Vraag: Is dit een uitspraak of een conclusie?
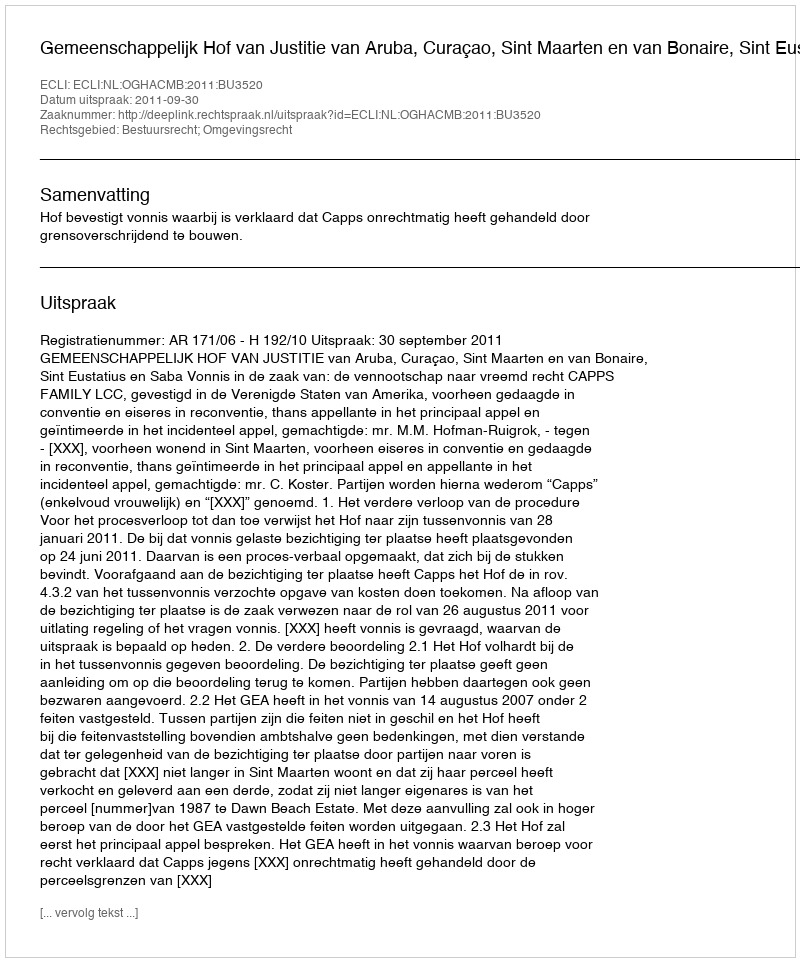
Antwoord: Uitspraak